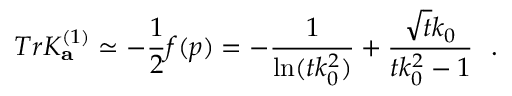
T r K _ { \bf a } ^ { ( 1 ) } \simeq - { \frac { 1 } { 2 } } f ( p ) = - { \frac { 1 } { \ln ( t k _ { 0 } ^ { 2 } ) } } + { \frac { \sqrt { t } k _ { 0 } } { t k _ { 0 } ^ { 2 } - 1 } } ~ ~ .